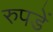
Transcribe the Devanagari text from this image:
रुपडें